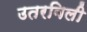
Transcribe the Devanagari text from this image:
उतरविली